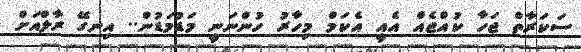
ސަކަރާތް ޖަހާ ކުއްޖެއް އެއީ އެކަމް މިހާރު ހުންނަނީ މަޑުމަޑުން.. އިނގޭ ރާލްއަށް